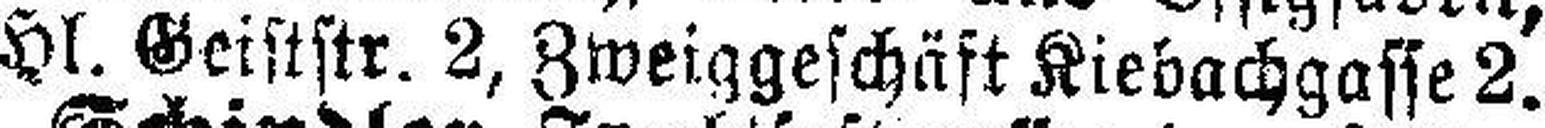
Hl. Geiststr. 2, Zweiggeschäft Kiebachgasse 2.